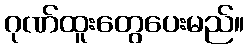
ဂုဏ်ထူးတွေပေးမည်။